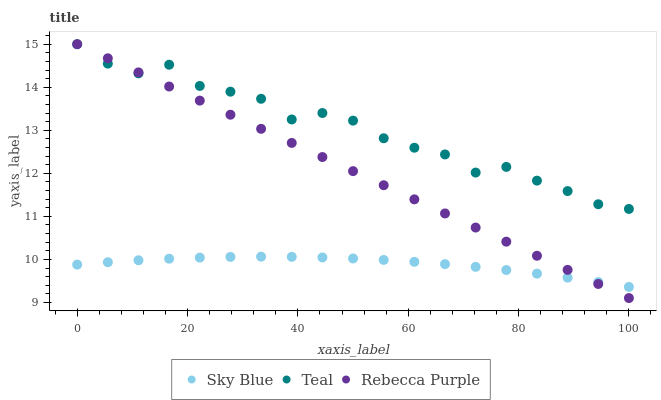
| xaxis_label | Sky Blue | Teal | Rebecca Purple |
 | --- | --- | --- | --- |
 | 0 | 9.88 | 15 | 15 |
 | 5.56 | 9.94 | 14.5 | 14.7 |
 | 11.1 | 9.98 | 14.3 | 14.3 |
 | 16.7 | 10 | 14.5 | 14 |
 | 22.2 | 10 | 14 | 13.7 |
 | 27.8 | 10.1 | 13.9 | 13.4 |
 | 33.3 | 10.1 | 13.7 | 13 |
 | 38.9 | 10.1 | 13.3 | 12.7 |
 | 44.4 | 10 | 13.4 | 12.4 |
 | 50 | 10 | 13.2 | 12.1 |
 | 55.6 | 9.99 | 12.8 | 11.7 |
 | 61.1 | 9.94 | 12.6 | 11.4 |
 | 66.7 | 9.89 | 12.4 | 11.1 |
 | 72.2 | 9.83 | 12 | 10.7 |
 | 77.8 | 9.75 | 12.1 | 10.4 |
 | 83.3 | 9.67 | 11.8 | 10.1 |
 | 88.9 | 9.58 | 11.6 | 9.76 |
 | 94.4 | 9.47 | 11.3 | 9.43 |
 | 100 | 9.36 | 11.2 | 9.1 |